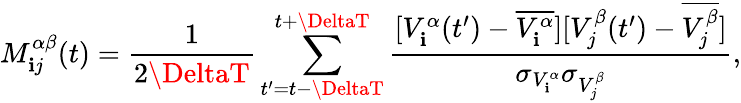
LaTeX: M_{\mathbf{i}j}^{\alpha\beta}(t)=\frac{{1}}{{2\DeltaT}}\sum_{t^{\prime}=t-\DeltaT}^{t+\DeltaT}\frac{{[V_{\mathbf{i}}^{\alpha}(t^{\prime})-\overline{{{V_{\mathbf{i}}^{\alpha}}}}][V_{j}^{\beta}(t^{\prime})-\overline{{{V_{j}^{\beta}}}}]}}{{\sigma_{V_{\mathbf{i}}^{\alpha}}\sigma_{V_{j}^{\beta}}}},